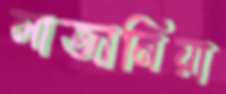
লাজানিয়া